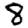
Digit: 8